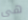
هي